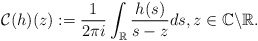
\begin{align*}\mathcal{C}(h)(z):=\frac{1}{2\pi i} \int_{\mathbb{R}} \frac{h(s)}{s-z} d s, z \in \mathbb{C} \backslash \mathbb{R}.\end{align*}